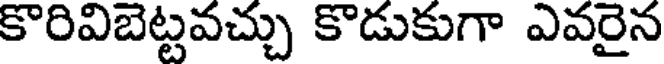
కొరివిబెట్టవచ్చు కొడుకుగా ఎవరైన